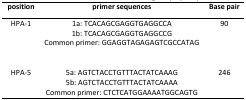
| position | primer sequences | Base pair |
 | --- | --- | --- |
 | HPA-1 | 1a: TCACAGCGAGGTGAGGCCA1b: TCACAGCGAGGTGAGGCCGCommon primer: GGAGGTAGAGAGTCGCCATAG | 90 |
 | HPA-5 | 5a: AGTCTACCTGTTTACTATCAAAG5b: AGTCTACCTGTTTACTATCAAAACommon primer: CTCTCATGGAAAATGGCAGTG | 246 |